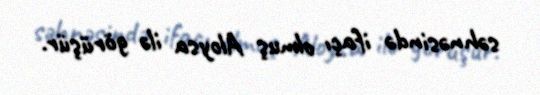
səhnəsində ifaçı olmuş Aloysa ilə görüşür.